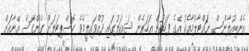
އެންބިއުލާންސް ނައްޓާލުމާއެކު އޭގެ ފަހަތުން އަހަރެން ސައިކަލުގައި ދުއްވައިލީމެވެ. ހޮސްޕިޓަލަށް ގެންގޮސް އޭނާއަށް